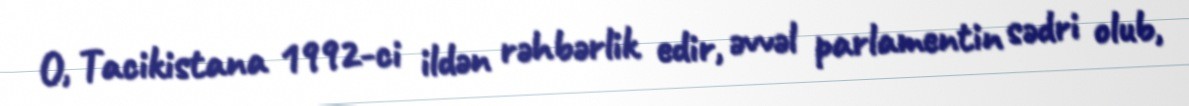
O, Tacikistana 1992-ci ildən rəhbərlik edir, əvvəl parlamentin sədri olub,